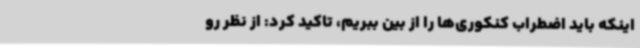
اینکه باید اضطراب کنکوری‌ها را از بین ببریم، تاکید کرد: از نظر رو